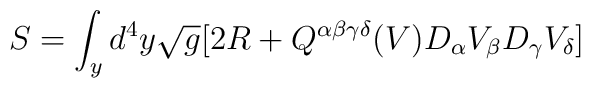
S=\int_y   d^4y\sqrt{g}[2R+Q^{\alpha\beta\gamma\delta}(V)D_{\alpha}V_{\beta}D_{\gamma}V_{\delta}]